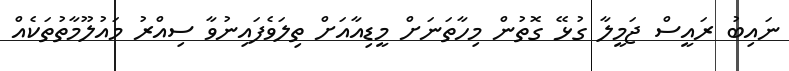
ނައިބު ރައީސް ޖަމީލާ ގުޅޭ ގޮތުން މިހާތަނަށް މީޑިއާއަށް ތިލަވެފައިނުވާ ސިއްރު މައުލޫމާތުތަކެއް